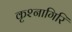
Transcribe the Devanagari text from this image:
कृश्नागिरि